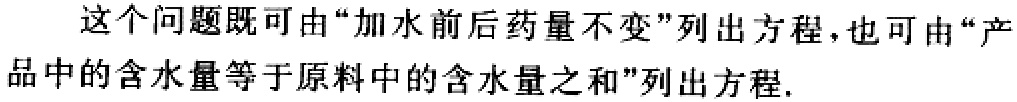
这个问题既可由“加水前后药量不变”列出方程，也可由“产品中的含水量等于原料中的含水量之和”列出方程.